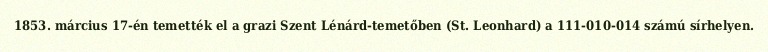
1853. március 17-én temették el a grazi Szent Lénárd-temetőben (St. Leonhard) a 111-010-014 számú sírhelyen.